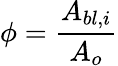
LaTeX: \phi=\frac{A_{bl,i}}{A_{o}}